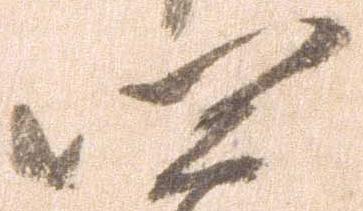
四